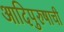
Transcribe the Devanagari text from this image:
आदिपुरुषाची